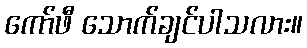
ကော်ဖီ သောက်ချင်ပါသလား။